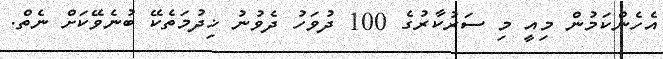
އެހެންކަމުން މިއީ މި ސަރުކާރުގެ 100 ދުވަހު ދެވުނު ޚިދުމަތެކޭ ބުނެވޭކަށް ނެތް.